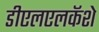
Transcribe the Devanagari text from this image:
डीएलएलकॅशे